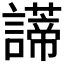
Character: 𧬺